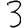
Digit: 3